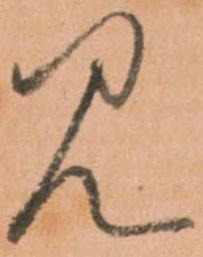
見